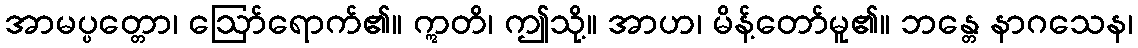
အာမပ္ပတ္တော၊ ဩော်ရောက်၏။ ဣတိ၊ ဤသို့။ အာဟ၊ မိန့်တော်မူ၏။ ဘန္တေ နာဂသေန၊